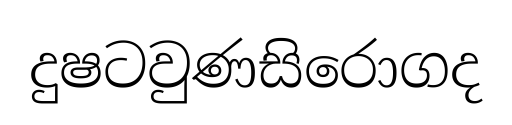
දුෂටවුණසිරොගද